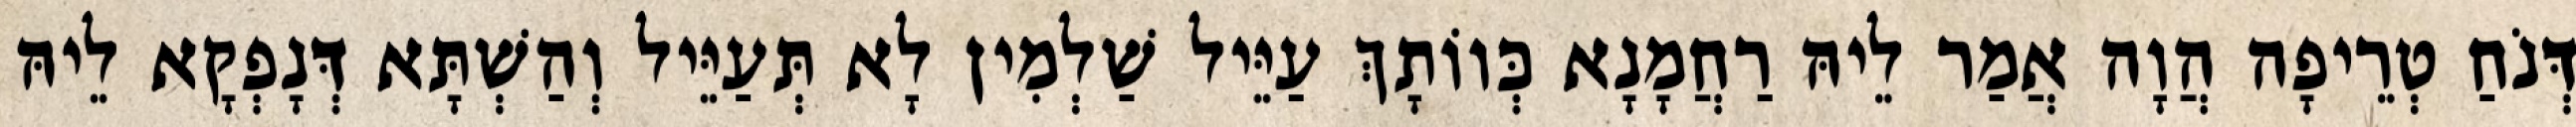
דְּנֹחַ טְרֵיפָה הֲוָה אֲמַר לֵיהּ רַחֲמָנָא כְּווֹתָךְ עַיֵּיל שַׁלְמִין לָא תְּעַיֵּיל וְהַשְׁתָּא דְּנָפְקָא לֵיהּ